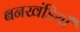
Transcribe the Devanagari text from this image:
बनखंडियाँ